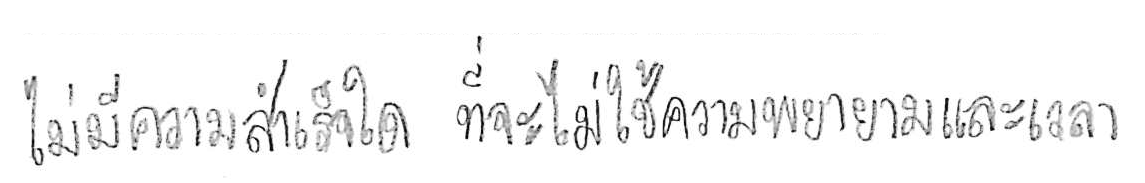
ไม่มีความสำเร็จใด ที่จะไม่ใช้ความพยายามและเวลา